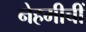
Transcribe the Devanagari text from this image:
नेहमीचीं